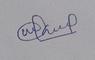
Signature authenticity: genuine